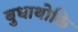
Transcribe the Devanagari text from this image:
बुधाथोकि